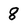
Character: 8